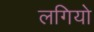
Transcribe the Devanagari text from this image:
लगियो